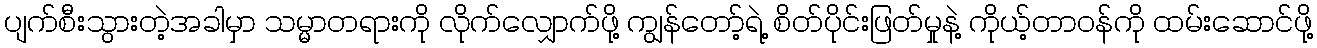
ပျက်စီးသွားတဲ့အခါမှာ သမ္မာတရားကို လိုက်လျှောက်ဖို့ ကျွန်တော့်ရဲ့ စိတ်ပိုင်းဖြတ်မှုနဲ့ ကိုယ့်တာဝန်ကို ထမ်းဆောင်ဖို့